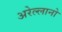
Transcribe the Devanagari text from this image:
अरेल्लानो